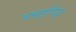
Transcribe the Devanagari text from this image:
चमड़चिट्ट